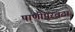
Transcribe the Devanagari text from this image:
पाणीपुरवठा